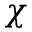
\chi